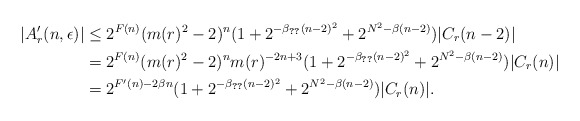
\begin{align*}|A'_r(n,\epsilon)|&\leq 2^{F(n)}(m(r)^2-2)^n(1+ 2^{-\beta_{\ref{boundA}}(n-2)^2}+2^{N^2-\beta (n-2)})|C_r(n-2)| \\&= 2^{F(n)}(m(r)^2-2)^n m(r)^{-2n+3}(1+ 2^{-\beta_{\ref{boundA}}(n-2)^2}+2^{N^2-\beta (n-2)})|C_r(n)| \\&= 2^{F'(n) - 2\beta n}(1+ 2^{-\beta_{\ref{boundA}}(n-2)^2}+2^{N^2-\beta (n-2)}) |C_r(n)|. \end{align*}